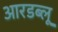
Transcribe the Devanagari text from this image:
आरडब्लू